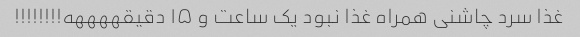
غذا سرد چاشنی همراه غذا نبود یک ساعت و ۱۵ دقیقههههه!!!!!!!!